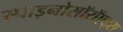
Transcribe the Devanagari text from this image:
स्पाइनोसॉरॉएड्स